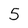
Character: 5